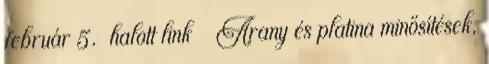
február 5. halott link ↑ Arany és platina minősítések,